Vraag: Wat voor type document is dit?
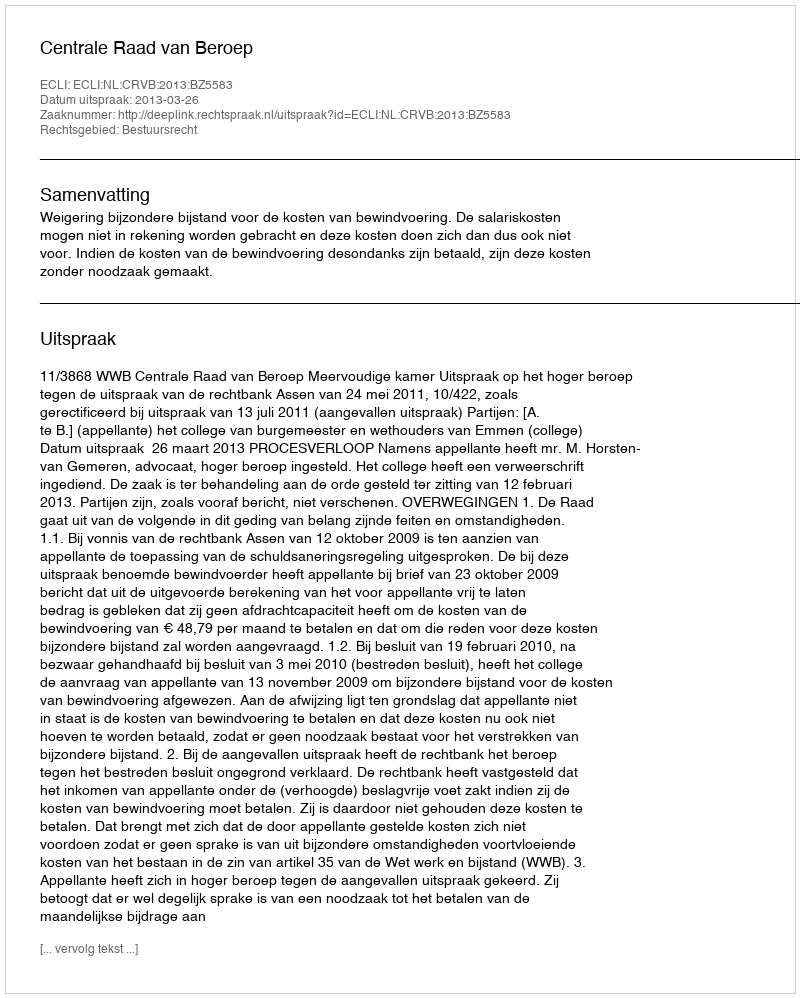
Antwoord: Uitspraak